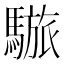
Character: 𩥆